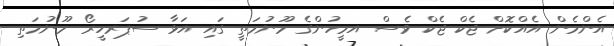
އެންމެން އެއްކޮށް ޖެކް-ޖެކް ވެސް އމީހުންގެ މޫނުމަތީ ގައި އަޅާ ސުޕަރހީރޯ މޫނުމަތި